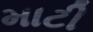
માટી